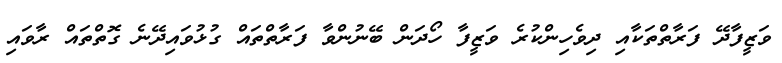
ވަޒީފާދޭ ފަރާތްތަކާއި ދިވެހިންކުރެ ވަޒީފާ ހޯދަން ބޭނުންވާ ފަރާތްތައް ގުޅުވައިދޭނެ ގޮތްތައް ރާވައި